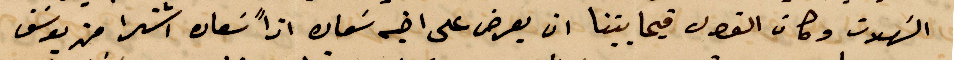
السهلات وكان الفصل فيما بيننا ان يعرض على أخيه سعاد اذًا سعاد اشترا من يوسف